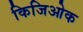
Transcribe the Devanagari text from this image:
किजिओक